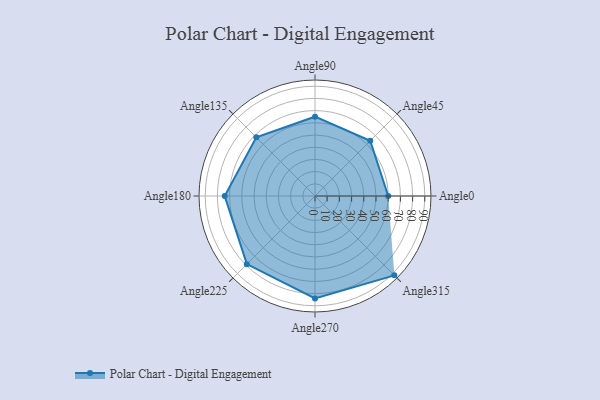
{"axis": {"x": "Angle", "y": "Radius"}, "legend": [""], "data": [{"x": "Angle0", "y": 60.0, "type": ""}, {"x": "Angle45", "y": 64.0, "type": ""}, {"x": "Angle90", "y": 65.0, "type": ""}, {"x": "Angle135", "y": 68.0, "type": ""}, {"x": "Angle180", "y": 74.0, "type": ""}, {"x": "Angle225", "y": 79.0, "type": ""}, {"x": "Angle270", "y": 84.0, "type": ""}, {"x": "Angle315", "y": 92.0, "type": ""}]}